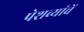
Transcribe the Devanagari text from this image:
पेशव्यांचें